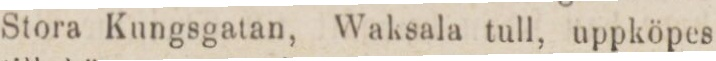
Stora Kungsgatan, Waksala tull, uppköpes